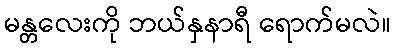
မန္တလေးကို ဘယ်နှနာရီ ရောက်မလဲ။